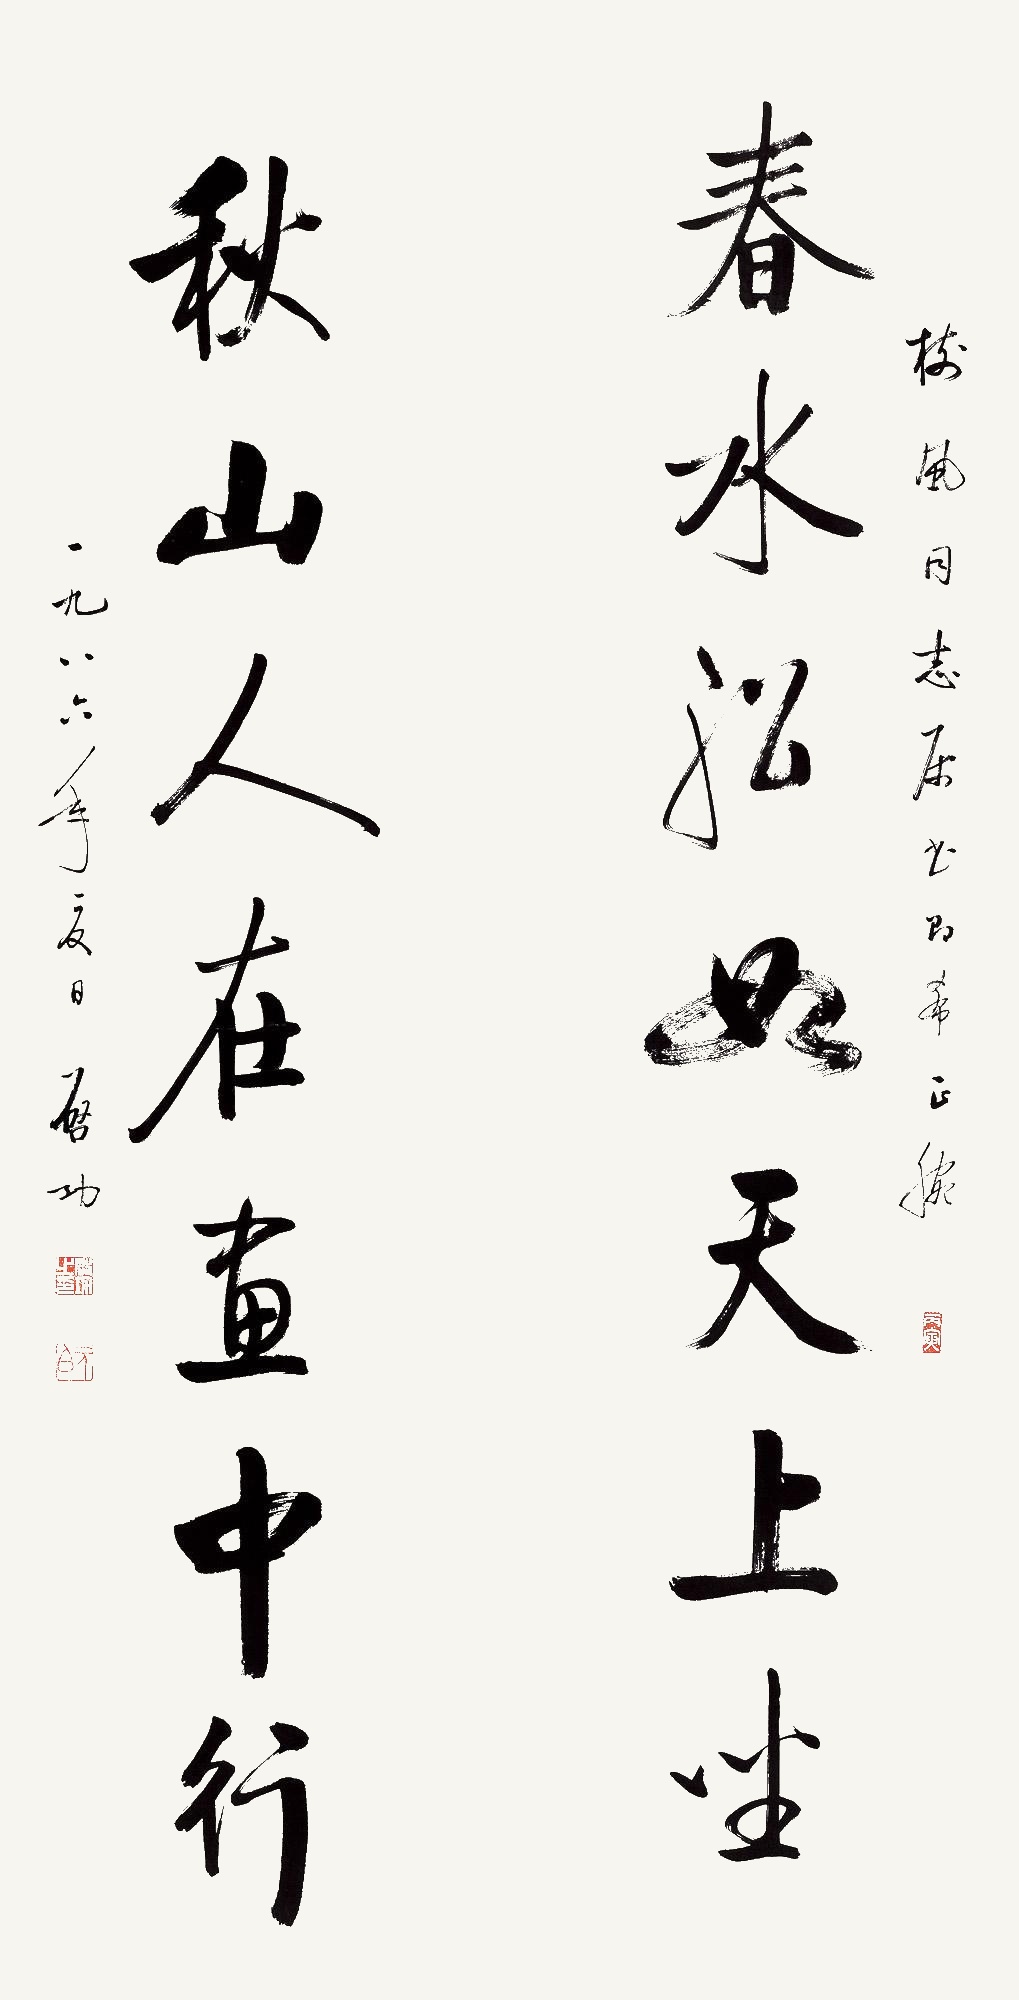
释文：春水船如天上坐，秋山人在画中行。树风同志属书即希正腕，一九八六年夏日，启功。